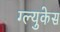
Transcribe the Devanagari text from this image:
ग्ल्युकेस